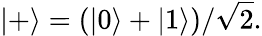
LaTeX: |+\rangle=(|0\rangle+|1\rangle)/{\sqrt{2}}.